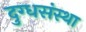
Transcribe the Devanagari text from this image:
दुग्धसंस्था